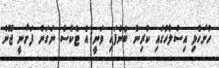
ހުށަހެޅި އިސްލާހުގައި ކުރިން ބުނެފައި ވަނީ އެ ޓެކްސް ނަގަން ފަށާނީ ޖޫން